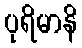
ပုရိမာနိ